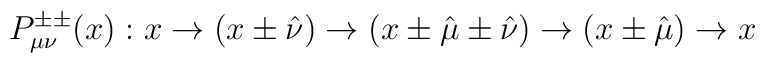
P^{\pm\pm}_{\mu\nu}(x): x\rightarrow (x\pm\hat{\nu})\rightarrow   (x\pm\hat{\mu}\pm\hat{\nu})\rightarrow (x\pm\hat{\mu})\rightarrow x